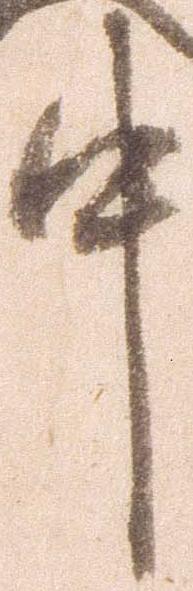
中